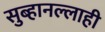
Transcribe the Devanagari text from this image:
सुब्हानल्लाही